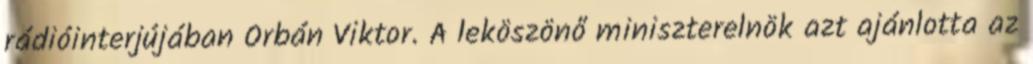
rádióinterjújában Orbán Viktor. A leköszönő miniszterelnök azt ajánlotta az